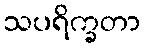
သပရိက္ခတာ